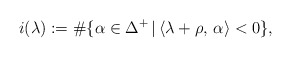
\begin{align*} i({\lambda}):=\#\{\alpha\in\Delta^+\,|\,\langle\lambda+\rho,\,\alpha\rangle<0 \}, \end{align*}